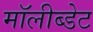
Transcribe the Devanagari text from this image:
मॉलीब्डेट